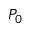
P _ { 0 }